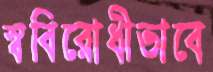
স্ববিরোধীভাবে